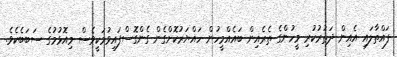
ފައްތާލައި އެއިން ދަތުރުކުރި މީހުންގެ ތެރެއިން ބައެއްމީހުން ހައްޔަރުކޮށްގެން ގެންގޮސްފައިވުމަކީވެސް މިއޮޅުމުގެ ސަބަބެކެވެ.